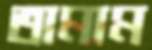
তামাম